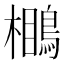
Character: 𪃥